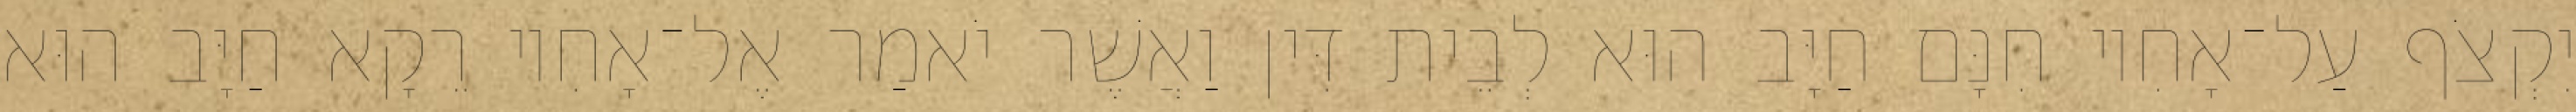
יִקְצֹף עַל־אָחִיו חִנָּם חַיָּב הוּא לְבֵית דִּין וַאֲשֶׁר יֹאמַר אֶל־אָחִיו רֵקָא חַיָּב הוּא